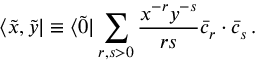
\langle \widetilde x , \widetilde y | \equiv \langle \widetilde 0 | \sum _ { r , s > 0 } { \frac { x ^ { - r } y ^ { - s } } { r s } } \bar { c } _ { r } \cdot \bar { c } _ { s } \, .